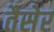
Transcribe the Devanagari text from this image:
तैसेर